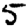
Digit: 5